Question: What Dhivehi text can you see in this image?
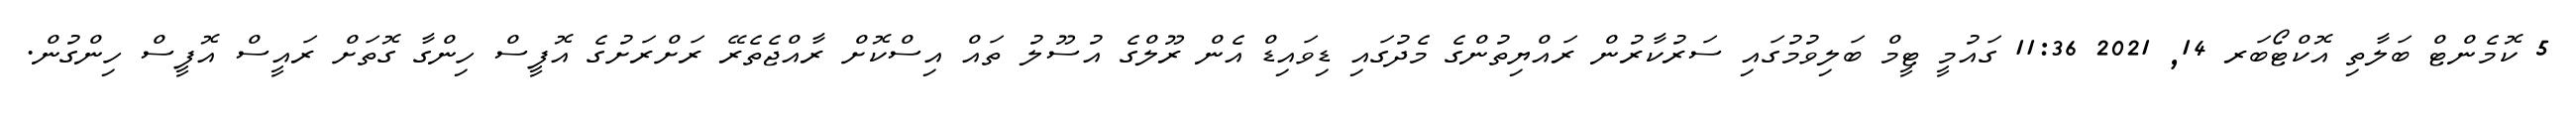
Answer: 5 ކޮމެންޓް ބަލާތި އޮކްޓޯބަރ 14, 2021 11:36 ގައުމީ ޓީމް ބަލިވުމުގައި ސަރުކާރުން ރައްޔިތުންގެ މެދުގައި ޑިވައިޑް އެން ރޫލްގެ އުސޫލު ތައް އިސްކޮށް ރާއްޖެތެރޭ ރަށްރަށުގެ އޮފީސް ހިންގާ ގޮތަށް ރައީސް އޮފީސް ހިންގުން.